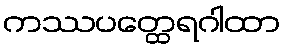
ကဿပတ္ထေရဂါထာ